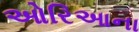
ઓરિઆના